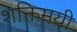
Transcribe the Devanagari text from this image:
शक्तिमयी